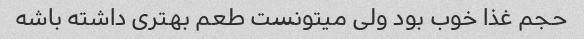
حجم غذا خوب بود ولی میتونست طعم بهتری داشته باشه